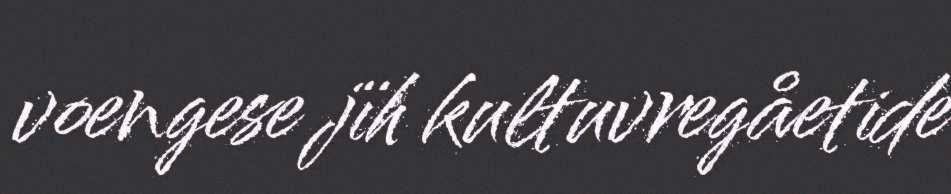
voengese jïh kultuvregåetide